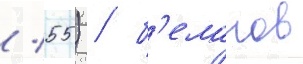
/ 55) / б'еланов